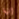
إنها